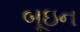
બૂઇન